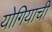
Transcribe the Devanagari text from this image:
योगियाची